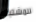
للمشتبه